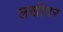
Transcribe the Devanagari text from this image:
लखीधर